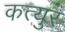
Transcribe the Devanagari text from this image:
कत्युर